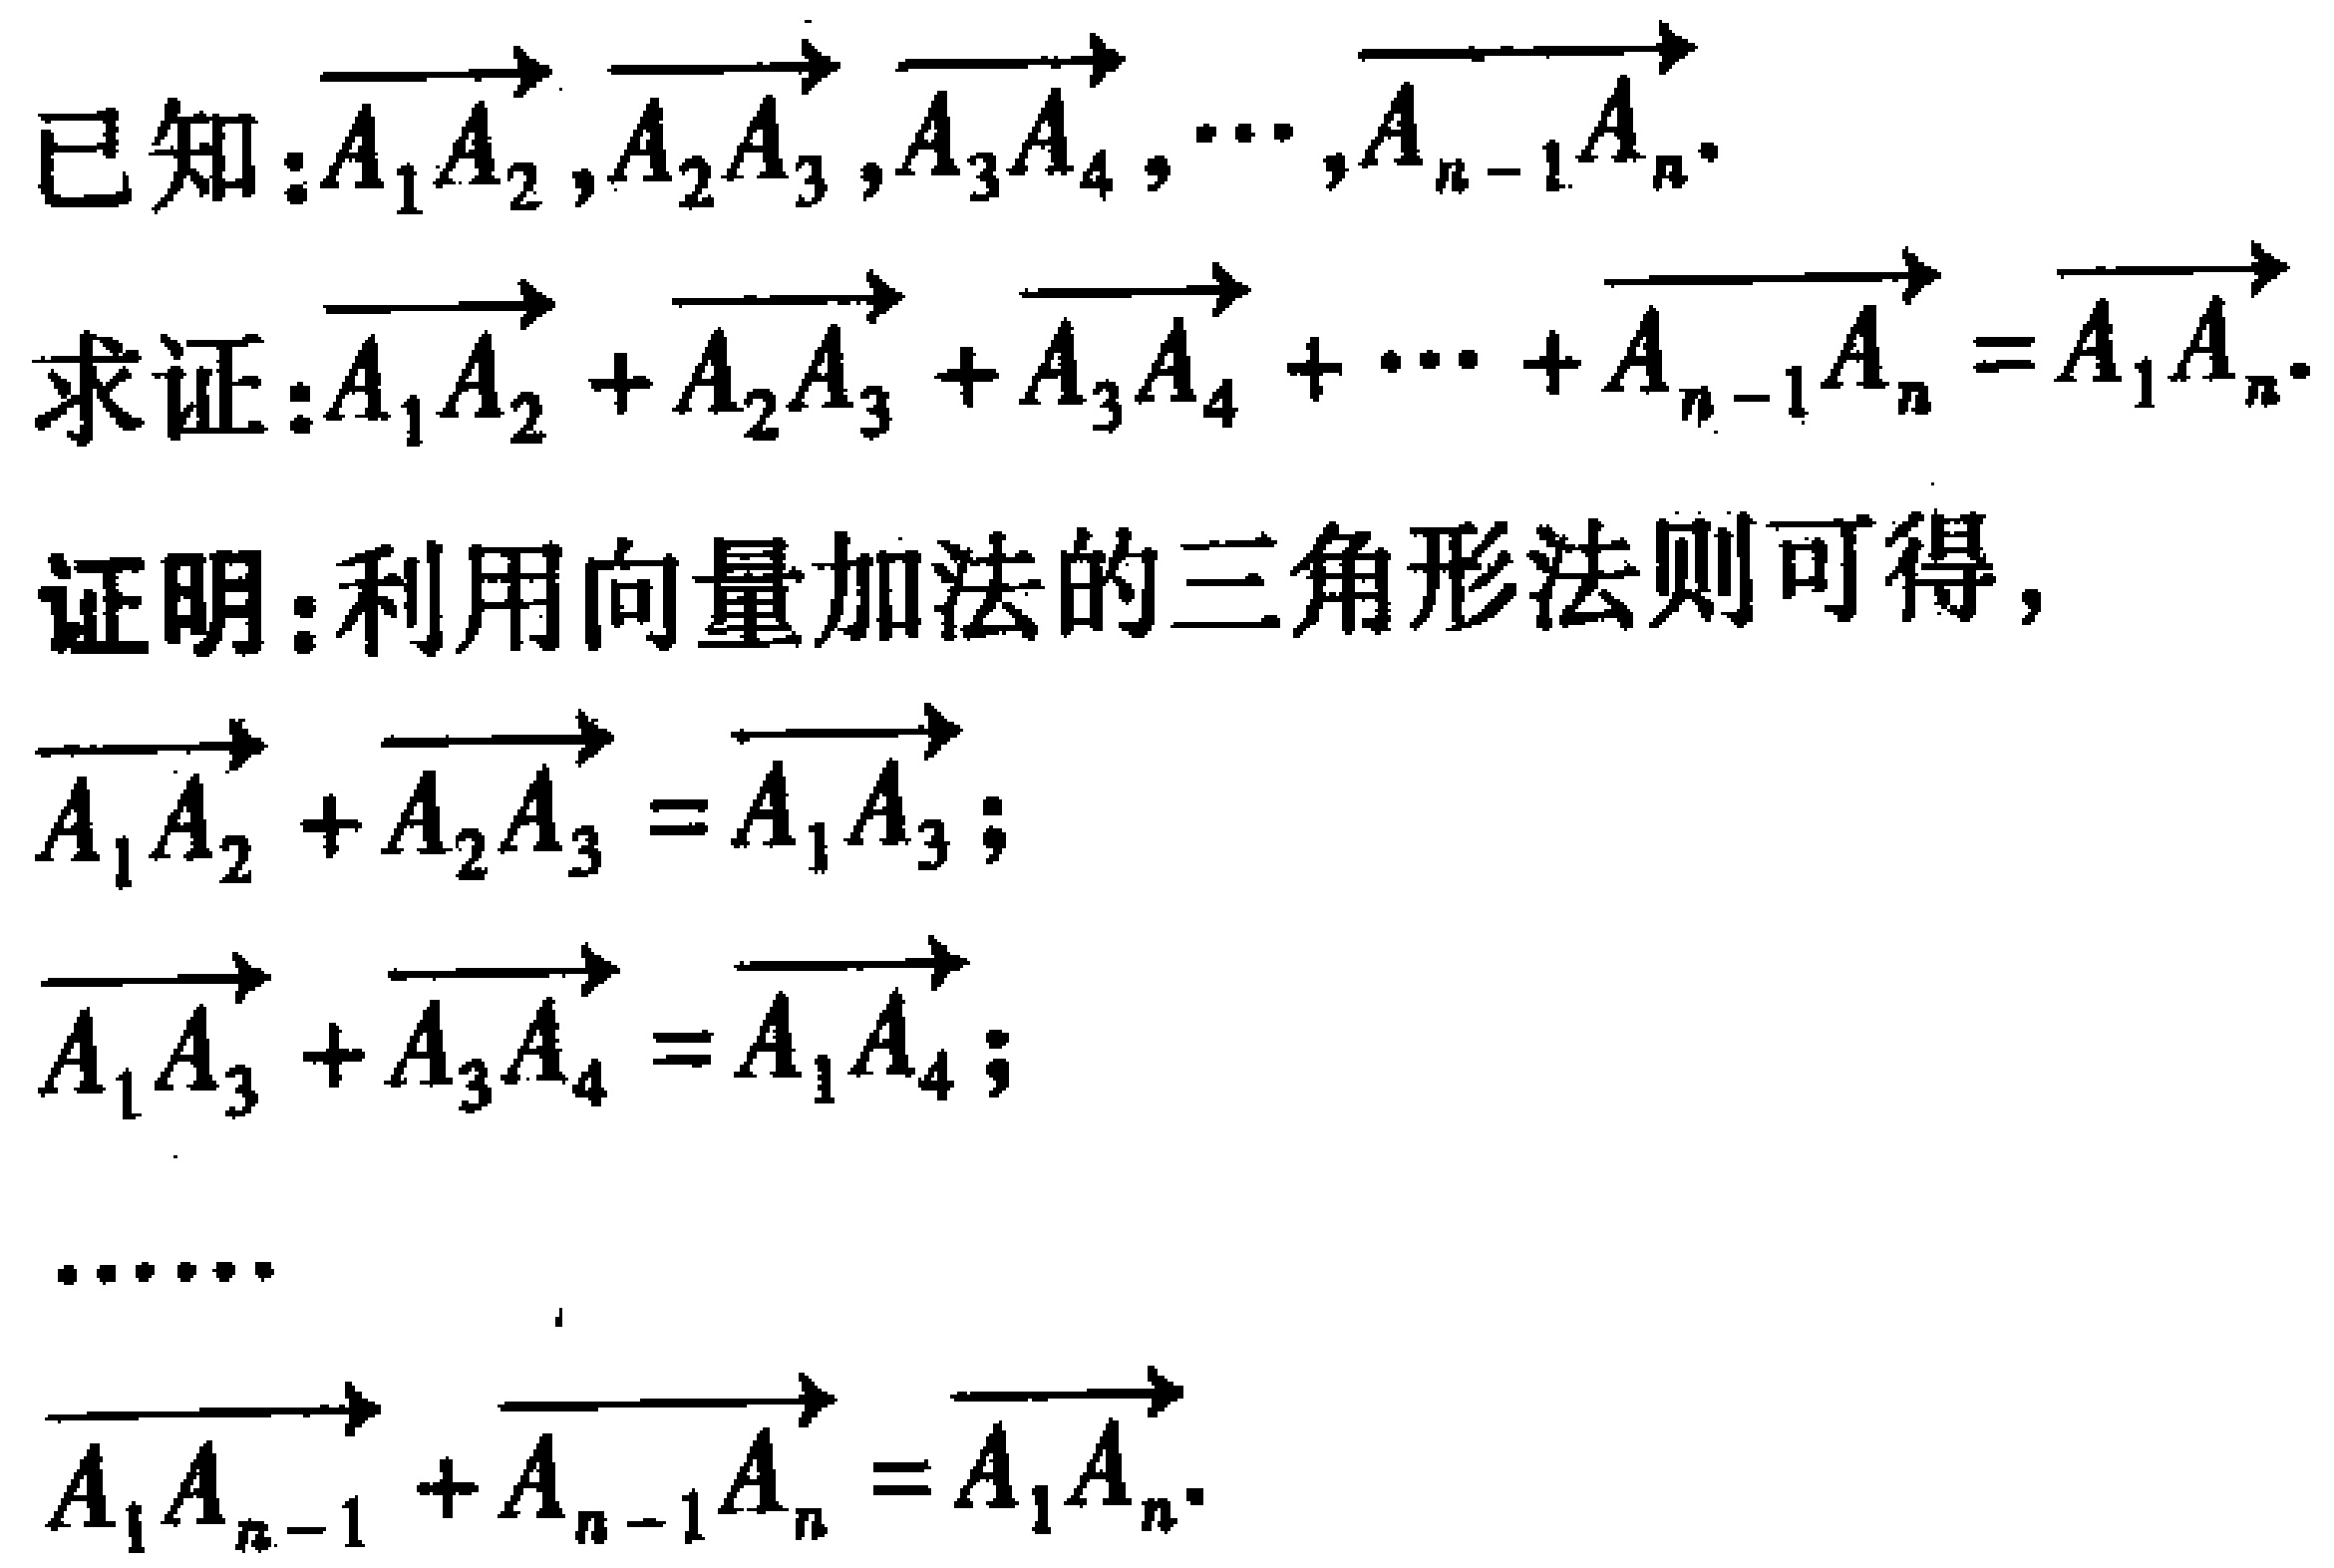
已知：\(\overrightarrow{A_{1}A_{2}},\overrightarrow{A_{2}A_{3}},\overrightarrow{A_{3}A_{4}},\cdots,\overrightarrow{A_{n - 1}A_{n}}\)。
求证：\(\overrightarrow{A_{1}A_{2}}+\overrightarrow{A_{2}A_{3}}+\overrightarrow{A_{3}A_{4}}+\cdots+\overrightarrow{A_{n - 1}A_{n}}=\overrightarrow{A_{1}A_{n}}\)。
证明：利用向量加法的三角形法则可得，
\(\overrightarrow{A_{1}A_{2}}+\overrightarrow{A_{2}A_{3}}=\overrightarrow{A_{1}A_{3}}\)；
\(\overrightarrow{A_{1}A_{3}}+\overrightarrow{A_{3}A_{4}}=\overrightarrow{A_{1}A_{4}}\)；
\(\cdots\cdots\)
\(\overrightarrow{A_{1}A_{n - 1}}+\overrightarrow{A_{n - 1}A_{n}}=\overrightarrow{A_{1}A_{n}}\)。